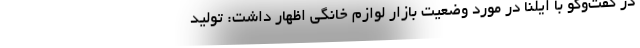
در گفت‌و‌گو با ایلنا در مورد وضعیت بازار لوازم خانگی اظهار داشت: تولید